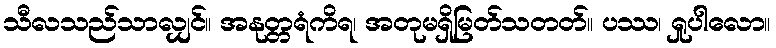
သီလသည်သာလျှင်။ အနုတ္တရံကိရ၊ အတုမရှိမြတ်သတတ်။ ပဿ၊ ရှုပါလော။